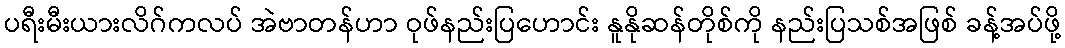
ပရီးမီးယားလိဂ်ကလပ် အဲဗာတန်ဟာ ဝုဖ်နည်းပြဟောင်း နူနိုဆန်တိုစ်ကို နည်းပြသစ်အဖြစ် ခန့်အပ်ဖို့